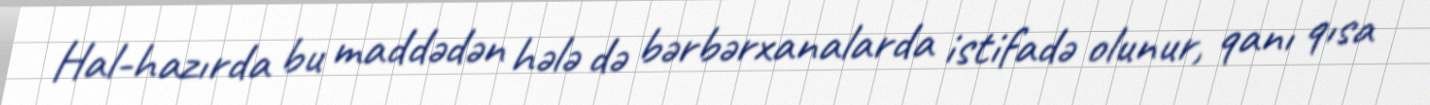
Hal-hazırda bu maddədən hələ də bərbərxanalarda istifadə olunur, qanı qısa